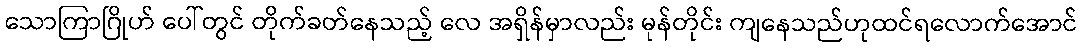
သောကြာဂြိုဟ် ပေါ်တွင် တိုက်ခတ်နေသည့် လေ အရှိန်မှာလည်း မုန်တိုင်း ကျနေသည်ဟုထင်ရလောက်အောင်